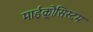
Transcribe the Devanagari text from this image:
माईक्र्रोसिस्टम